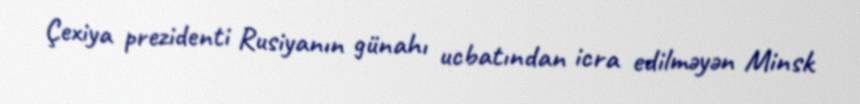
Çexiya prezidenti Rusiyanın günahı ucbatından icra edilməyən Minsk